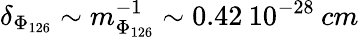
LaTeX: \delta_{\Phi_{126}}\sim m_{\Phi_{126}}^{-1}\sim 0.42\: 10^{-28}\: cm